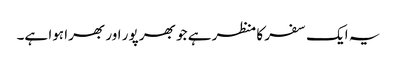
یہ ایک سفر کا منظر ہے جو بھر پور اور بھرا ہوا ہے۔